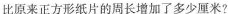
比原来正方形纸片的周长增加了多少厘米?